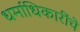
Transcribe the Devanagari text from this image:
धर्माधिकारींचे